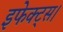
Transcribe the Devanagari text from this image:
इफेक्ट्स।